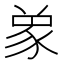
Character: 𮙞